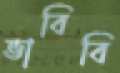
ভাবিবি